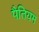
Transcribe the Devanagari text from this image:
पैतियम